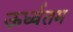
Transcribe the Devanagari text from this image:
ऊर्ध्वतम